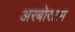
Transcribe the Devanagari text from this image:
अरबोरटम